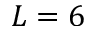
L = 6